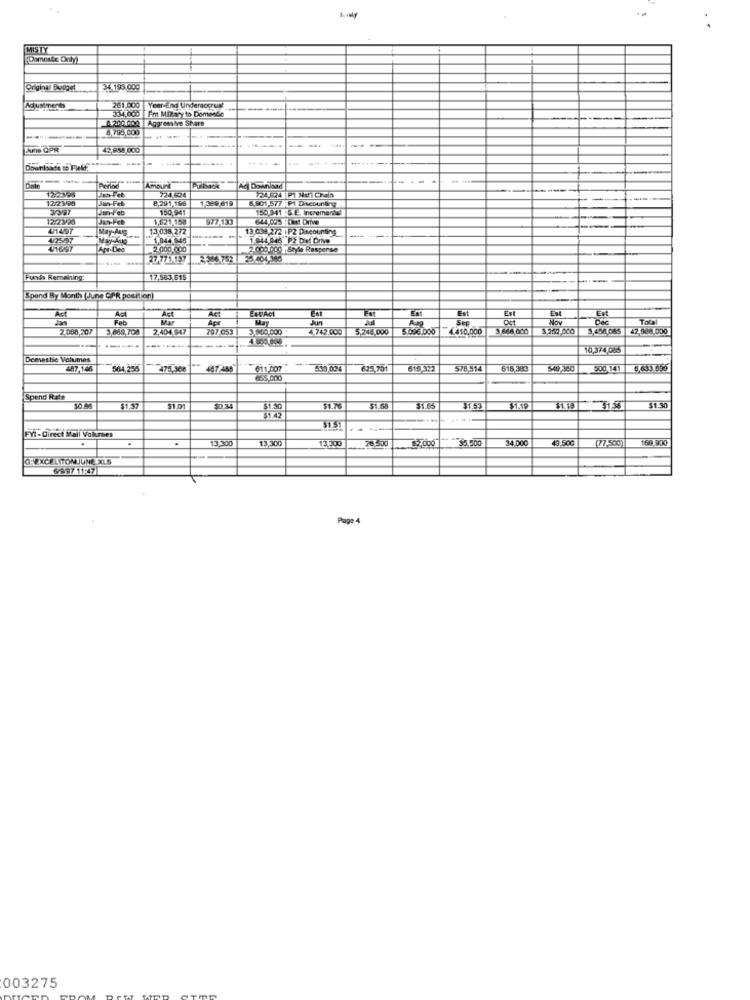
MISTY
Original Bugaet
34.193,000
Adjustments
34.000 Fm Mitary to Domedio
261.000 Year-Ei Underaogrun
A200100 Aggressive Share
---
8 795,000
-
Aune OPR
42.858 000
----
------
Downloade to Field.
-......
Jan-Feb
Porlod
12/23/95
Jan-Feb
8,291,196
1.329 619
6.901,577 PI Dscounting
Jan-Feb
150,941
150.941 :5.E. Incremental
12:23/20
Jan-Feb
1,621.158
977-133
4/1497
May-Aug
13,038 272
13.033 272 | P2 Discounting
--
1,044 848
1.944 046 2 be Drive
---
4/1697
2.000.000
2 000 000 Style Respense
2.346 753 25.404.305
Funds Remaining:
17,583.615
Spend By MonthJune CPR position
Adt
Act
ENCACI
Est
Jan
Act
Fob
Act
May
Est
Ent
Now
-
Est
Total
2.088,207
3,660,700
2,404 947
797.053
3.940.000
4.742.000
5,244,000
5.006.000
4410.000
668 000
3,454.085
42.808.000
---
10,3/4 085
Domestic Volumes
-
287.146
564,255
487/288
611, 007:
53.034
625.701
610.322
578,514
516,383
$49,360
500 141
6,635.456
465.000
Spend Rate
$1.30
10 34
$1.76
$1.65
$1.53
11.19
1.19 51.55
$1.51
Fit - Direct Mail Valumaes
.
13.300
13,200
26.500
$5,500
14.000
43.500
(77,500)
169.900
Page 4
003275